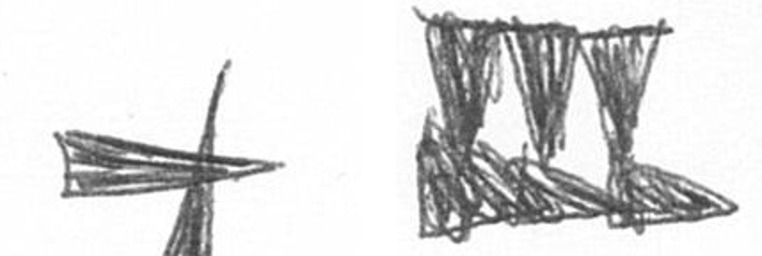
G D